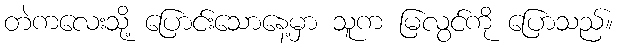
တဲကလေးသို့ ပြောင်းသောနေ့မှာ သူက မြလွင်ကို ပြောသည်။